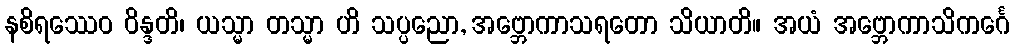
နစိရဿေဝ ဝိန္ဒတိ၊ ယသ္မာ တသ္မာ ဟိ သပ္ပညော, အဗ္ဘောကာသရတော သိယာတိ။ အယံ အဗ္ဘောကာသိကင်္ဂေ